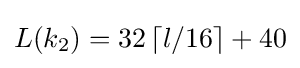
L(k_{2})=32\left\lceil l/16\right\rceil +40